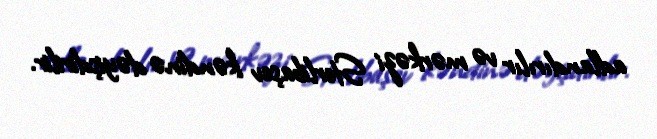
adlandırılır və mərkəzi Sterlibaşev kəndinə dəyişdirilir.